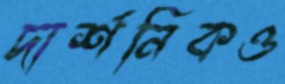
দার্শনিকও